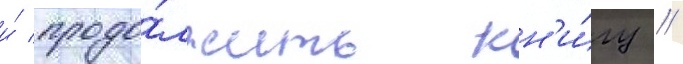
и́ продо́лжить кн'и́гу //